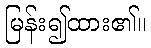
မြန်း၍ထား၏။